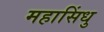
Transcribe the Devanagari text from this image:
महासिंधु